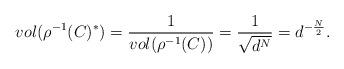
LaTeX: \begin{align*} vol(\rho^{-1}(C)^*)=\frac{1}{vol(\rho^{-1}(C))}=\frac{1}{\sqrt{d^N}}=d^{-\frac{N}{2}}. \end{align*}